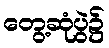
တွေ့ဆုံပွဲ၌